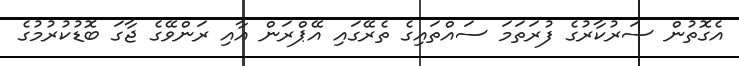
އެގޮތުން ސަރުކާރުގެ ފުރަތަމަ ސައްތައިގެ ތެރޭގައި އޭޕްރަން އާއި ރަންވޭގެ ޖާގަ ބޮޑުކުރުމުގެ